Lunatic asylums Central Provinces reports 1910-1926 - 1910-1926
Year: 1910
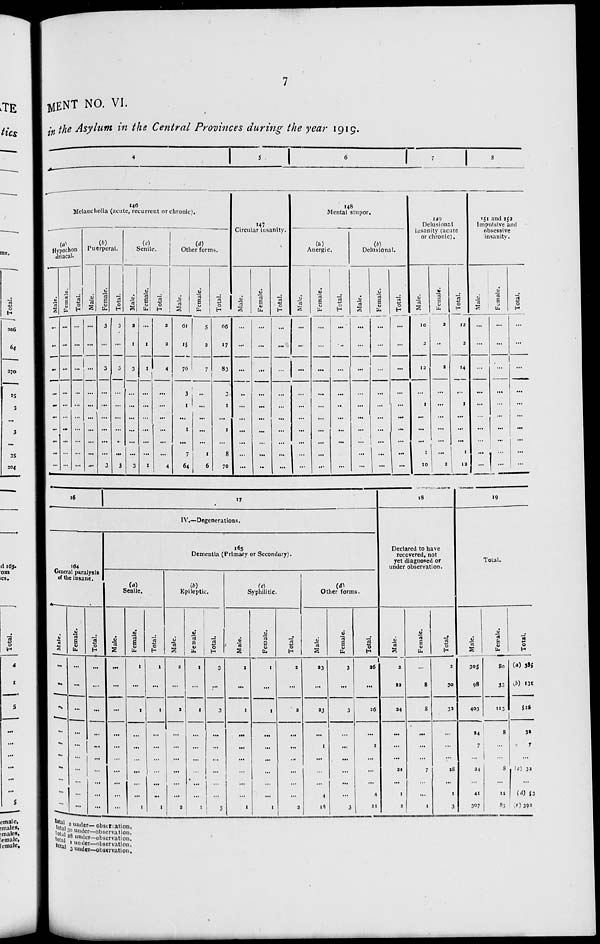
7
MENT NO. VI.
in the Asylum in the Central Provinces during the year 1919.
4
5
6 7
8
146
Melancholia (acute, recurrent or chronic).
(a)
Hypochon
driacal.
Male.
...
...
...
...
...
...
...
...
...
...
Female.
...
...
...
...
...
...
...
...
...
...
Total.
...
...
...
...
...
...
...
...
...
...
(b)
Puerperal.
Male.
...
...
...
...
...
...
...
...
...
...
Female.
3
...
3
...
...
...
...
...
...
3
Total.
3
...
3
...
...
...
...
...
...
3
(c)
Senile.
Male.
2
1
3
...
...
...
...
...
...
3
Female.
...
1
1
...
...
...
...
...
...
1
Total.
2
2
4
...
...
...
...
...
...
4
(d)
Other forms.
Male.
61
15
76
3
1
...
1
...
7
64
Female.
5
2
7
...
...
...
...
...
1
6
Total.
66
17
83
3
1
...
1
...
8
70
147
Circular insanity.
Male.
...
...
...
...
...
...
...
...
...
...
Female.
...
...
...
...
...
...
...
...
...
...
Total.
...
...
...
...
...
...
...
...
...
...
148
Mental stupor.
(a)
Anergic.
Male.
...
...
...
...
...
...
...
...
...
...
Female.
...
...
...
...
...
...
...
...
...
...
Total.
...
...
...
...
...
...
...
...
...
...
(b)
Delusional.
Male.
...
...
...
...
...
...
...
...
...
...
Female.
...
...
...
...
...
...
...
...
...
...
Total.
...
...
...
...
...
...
...
...
...
...
149
Delusional
insanity (acute
or chronic).
Male.
10
2
12
...
1
...
...
...
1
10
Female.
2
...
2
...
...
...
...
...
...
2
Total.
12
2
14
...
1
...
...
...
1
12
151 and 152
Impulsive and
obsessive
insanity.
Male.
...
...
...
...
...
...
...
...
...
...
Female.
...
...
...
...
...
...
...
...
...
...
Total.
...
...
...
...
...
...
...
...
...
...
16
17
IV.—Degenerations.
164
General paralysis
of the insane.
Male.
...
...
...
...
...
...
...
...
...
...
Female.
...
...
...
...
...
...
...
...
...
...
Total.
...
...
...
...
...
...
...
...
...
...
165
Dementia (Primary or Secondary).
(a)
Senile.
Male.
...
...
...
...
...
...
...
...
...
...
Female.
1
...
1
...
...
...
...
...
...
1
Total.
1
...
1
...
...
...
...
...
...
1
(b)
Epileptic.
Male.
2
...
2
...
...
...
...
...
...
2
Female.
1
...
1
...
...
...
...
...
...
1
Total.
3
...
3
...
...
...
...
...
...
3
(c)
Syphilitic.
Male.
1
...
1
...
...
...
...
...
...
1
Female.
1
...
1
...
...
...
...
...
...
1
Total.
2
...
2
...
...
...
...
...
...
2
(d)
Other forms.
Male.
23
...
23
...
1
...
...
...
4
18
Female.
3
...
3
...
...
...
...
...
...
3
Total.
36
...
26
...
1
...
...
...
4
21
18
Declared to have
recovered, not
yet diagnosed or
under observation.
Male.
2
22
24
...
...
...
21
...
1
2
Female.
...
8
8
...
...
...
7
...
...
1
Total.
2
30
32
...
...
...
28
...
1
3
19
Total.
Male.
305
98
403
24
7
...
24
...
41
307
Female.
80
33
113
8
...
...
8
...
12
85
Total.
(a) 385
(b) 131
516
32
7
...
(c)
32
...
(d) 53
(e) 392
total 2 under — observation.
total 30 under—observation.
total 28 under—observation.
total 1 under—observation.
total 3 under—observation.